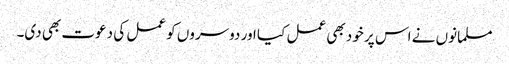
مسلمانوں نے اس پر خود بھی عمل کیا اور دوسروں کو عمل کی دعوت بھی دی۔